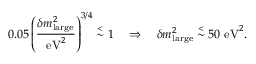
0 . 0 5 \left( { \frac { \delta m _ { \mathrm { l a r g e } } ^ { 2 } } { \mathrm { e V } ^ { 2 } } } \right) ^ { 3 / 4 } \stackrel { < } { \sim } 1 \quad \Rightarrow \quad \delta m _ { \mathrm { l a r g e } } ^ { 2 } \stackrel { < } { \sim } 5 0 \ \mathrm { e V } ^ { 2 } .